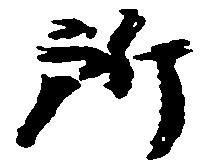
所